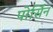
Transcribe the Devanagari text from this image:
पोर्सिन